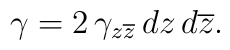
\gamma=2\,\gamma_{z\overline{z}}\,dz\,d\overline{z}.